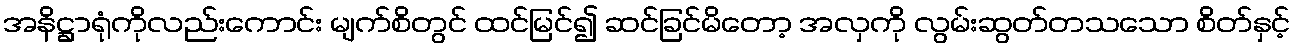
အနိဋ္ဌာရုံကိုလည်းကောင်း မျက်စိတွင် ထင်မြင်၍ ဆင်ခြင်မိတော့ အလှကို လွမ်းဆွတ်တသသော စိတ်နှင့်